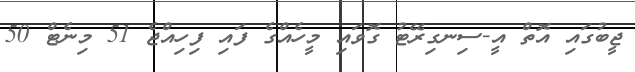
ޖީބުގައި އޮތް އީ-ސިނގިރޭޓު ގޮވައި މީހެއްގެ ފައި ފިހިއްޖެ 51 މިނެޓް 50